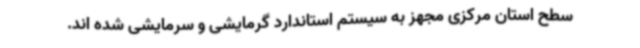
سطح استان مرکزی مجهز به سیستم استاندارد گرمایشی و سرمایشی شده اند.